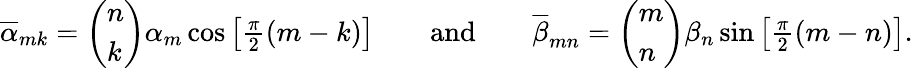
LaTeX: \begin{array}{r}{\overline{{\alpha}}_{mk}=\left(\begin{array}{l}{n}\\ {k}\end{array}\right)\alpha_{m}\cos\left[\frac{\pi}{2}(m-k)\right]\qquad\mathrm{and}\qquad\overline{{\beta}}_{mn}=\left(\begin{array}{l}{m}\\ {n}\end{array}\right)\beta_{n}\sin\left[\frac{\pi}{2}(m-n)\right].}\end{array}